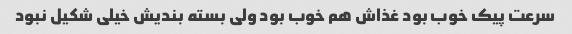
سرعت پیک خوب بود غذاش هم خوب بود ولی بسته بندیش خیلی شکیل نبود